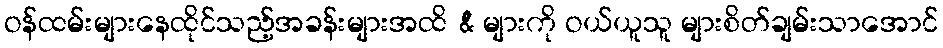
ဝန်ထမ်းများနေထိုင်သည့်အခန်းများအထိ & များကို ဝယ်ယူသူ များစိတ်ချမ်းသာအောင်